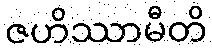
ဇဟိဿာမီတိ